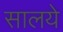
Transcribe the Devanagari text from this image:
सालये